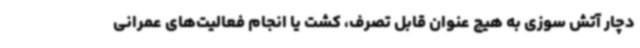
دچار آتش سوزی به هیچ عنوان قابل تصرف، کشت یا انجام فعالیت‌های عمرانی